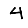
Digit: 4